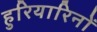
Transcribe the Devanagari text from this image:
हुरियारिनों